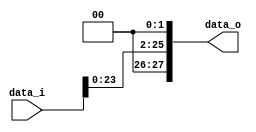
`timescale 1ns / 1ps
//////////////////////////////////////////////////////////////////////////////////
// Company: 
// Engineer: 
// 
// Design Name: 
// Module Name:    Shift_Left_Two_1 
// Project Name: 
// Target Devices: 
// Tool versions: 
// Description: 
//
// Dependencies: 
//
// Revision: 
// Revision 0.01 - File Created
// Additional Comments: 
//
//////////////////////////////////////////////////////////////////////////////////
module Shift_Left_Two_1(
		data_i,
		data_o
		);

//I/O ports                    
input [26-1:0] data_i;
reg   [26-1:0] temp;
output[28-1:0] data_o;



reg [28-1:0] data_o;
//shift left 2
always@( * )begin
	temp=data_i<<2;
	data_o=temp;
end

endmodule